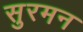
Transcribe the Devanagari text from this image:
सुरमन